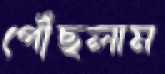
পৌঁছলাম